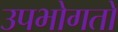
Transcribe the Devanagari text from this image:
उपभोगतो